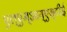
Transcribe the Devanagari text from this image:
एल्‌एम्‌आय्‌एस्‌टीई